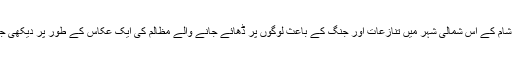
یہ تصویر شام کے اس شمالی شہر میں تنازعات اور جنگ کے باعث لوگوں پر ڈھائے جانے والے مظالم کی ایک عکاس کے طور پر دیکھی جا رہی ہے۔